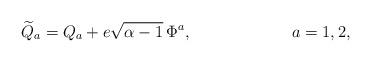
LaTeX: \begin{align*}{\widetilde Q_a} = Q_a + e\sqrt{\alpha-1}\,\Phi^a, \hspace{1in} a = 1,2,\end{align*}